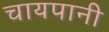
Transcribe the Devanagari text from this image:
चायपानी